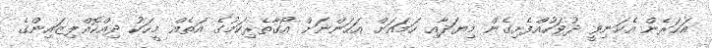
އަހަރެން އެކަނިވީ ދުވަހުއްފެށިގެން މިޔަދާއި ހަމައަށް އަހަންނަށް އޯގާތެރިކަމުގެ އަތެއް މީހަކު ދިއްކޮއްލިޒައިންގެ